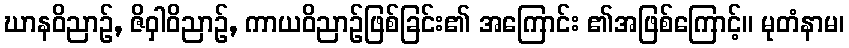
ဃာနဝိညာဉ်, ဇိဝှါဝိညာဉ်, ကာယဝိညာဉ်ဖြစ်ခြင်း၏ အကြောင်း ၏အဖြစ်ကြောင့်။ မုတံနာမ၊